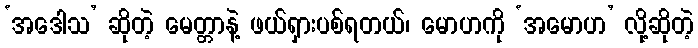
‘အဒေါသ’ ဆိုတဲ့ မေတ္တာနဲ့ ဖယ်ရှားပစ်ရတယ်၊ မောဟကို ‘အမောဟ’ လို့ဆိုတဲ့